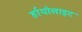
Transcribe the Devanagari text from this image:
र्हायोलाइट